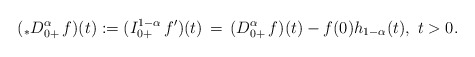
\begin{align*}( _*D^\alpha_{0+}\, f)(t) := (I^{1-\alpha}_{0+}\, f^\prime)(t) \, = \, (D^\alpha_{0+}\, f)(t) - f(0)h_{1-\alpha}(t),\ t>0.\end{align*}